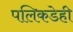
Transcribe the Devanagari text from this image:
पलिकडेही